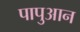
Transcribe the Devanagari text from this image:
पापुआन